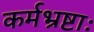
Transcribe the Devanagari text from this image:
कर्मभ्रष्टाः